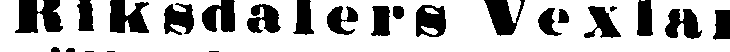
Riksdalers Vexlar